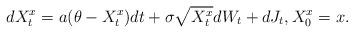
LaTeX: \begin{align*} dX^x_{t}=a(\theta-X^x_{t})dt +\sigma \sqrt{X^x_{t}}dW_{t}+dJ_t, X^x_0=x. \end{align*}